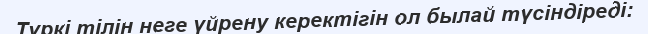
Түркі тілін неге үйрену керектігін ол былай түсіндіреді: